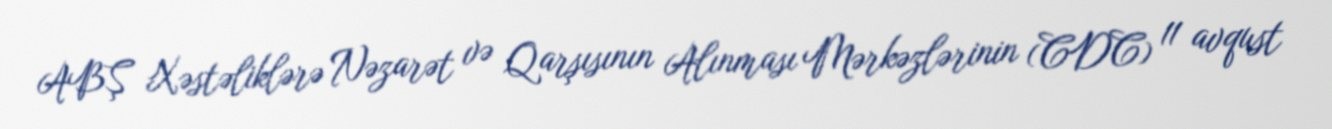
ABŞ Xəstəliklərə Nəzarət və Qarşısının Alınması Mərkəzlərinin (CDC) 11 avqust